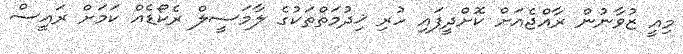
މިއީ ޒުވާނުން ރާއްޖެއަށް ކޮށްދީފައި ހުރި ޚިދުމަތްތަކުގެ ލާމަސީލް ރެކޯޑެއް ކަމަށް ރައީސް